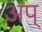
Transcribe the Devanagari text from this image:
अप्‌